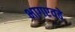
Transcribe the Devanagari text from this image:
भागएवढे